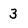
Character: 3